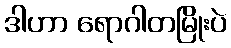
ဒါဟာ ရောဂါတမြိုးပဲ